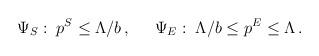
LaTeX: \begin{align*}\Psi_S : \;p^S \leq \Lambda/b \,,\;\;\;\;\;\Psi_E : \; \Lambda/b \leq p^E \leq \Lambda \,.\end{align*}